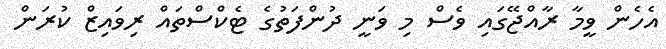
އެހެން ވީމާ ރާއްޖޭގައި ވެސް މި ވަނީ ދުންފަތުގެ ޓެކްސްތައް ރިވައިޒް ކުރަން